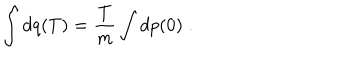
LaTeX: \int d q ( T ) = \frac { T } { m } \int d p ( 0 ) \; .